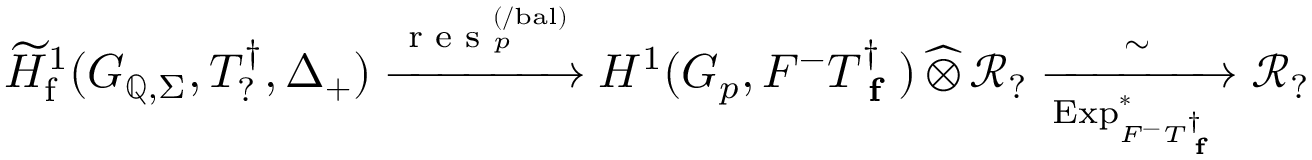
\widetilde { H } _ { \mathrm { f } } ^ { 1 } ( G _ { \mathbb { Q } , \Sigma } , T _ { ? } ^ { \dagger } , \Delta _ { + } ) \xrightarrow { \textup { r e s } _ { p } ^ { ( / \mathrm { b a l } ) } } { H } ^ { 1 } ( G _ { p } , F ^ { - } T _ { \textup { \bf f } } ^ { \dagger } ) \, \widehat \otimes \, \mathcal { R } _ { ? } \xrightarrow [ \mathrm { E x p } _ { F ^ { - } T _ { \textup { \bf f } } ^ { \dagger } } ^ { * } ] { \sim } \mathcal { R } _ { ? }